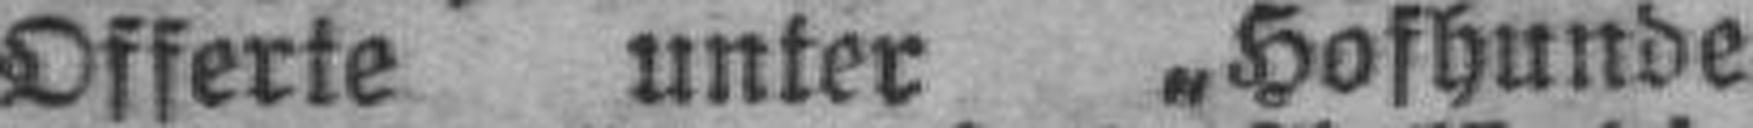
Offerte unter „Hofhunde